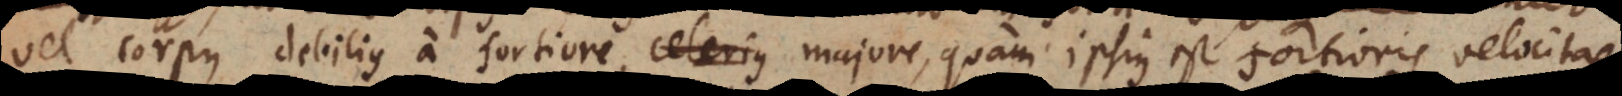
vel corpus debilius a fortiore, celerius majore, quam ipsius est fortioris velocitas